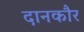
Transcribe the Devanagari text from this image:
दानकौर